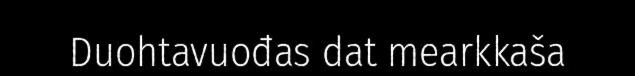
Duohtavuođas dat mearkkaša